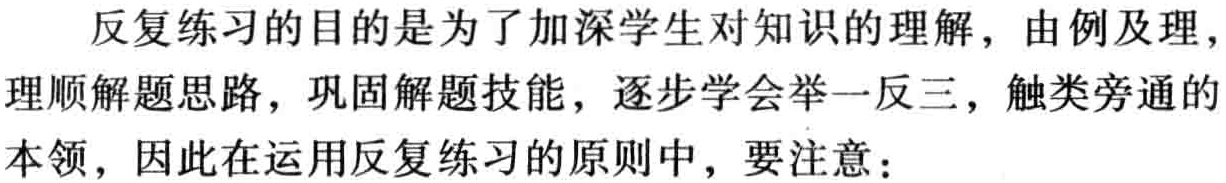
反复练习的目的是为了加深学生对知识的理解，由例及理，理顺解题思路，巩固解题技能，逐步学会举一反三，触类旁通的本领，因此在运用反复练习的原则中，要注意：